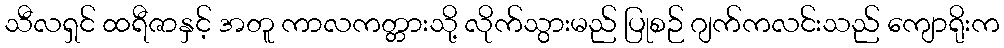
သီလရှင် ထရီဇာနှင့် အတူ ကာလကတ္တားသို့ လိုက်သွားမည် ပြုစဉ် ဂျက်ကလင်းသည် ကျောရိုးက